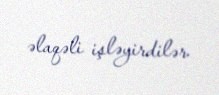
əlaqəli işləyirdilər.